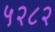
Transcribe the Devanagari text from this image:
५२८२